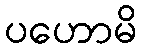
ပဟောမိ